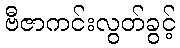
ဗီဇာကင်းလွတ်ခွင့်